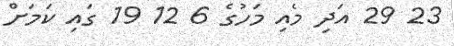
23 29 އަދި މެއި މަހުގެ 6 12 19 ގައި ކަމަށް